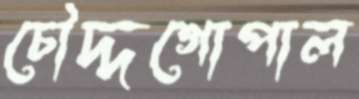
চৌদ্দগোপাল